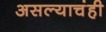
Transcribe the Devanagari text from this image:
असल्याचंही